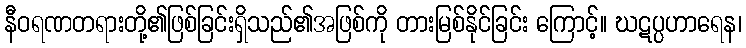
နီဝရဏတရားတို့၏ဖြစ်ခြင်းရှိသည်၏အဖြစ်ကို တားမြစ်နိုင်ခြင်း ကြောင့်။ ဃဋပ္ပဟာရေန၊